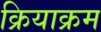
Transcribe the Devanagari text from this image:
क्रियाक्रम